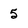
Character: 5